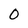
Character: 0